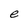
Character: e